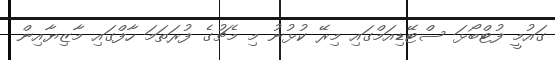
ގައުމީ ފުޓްބޯޅަ ސްޓޭޑިއަމްގައި މިރޭ ކުޅުނު މި މެޗުގެ ފުރަތަމަ ހާފްގައި މާޒިޔާއިން